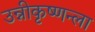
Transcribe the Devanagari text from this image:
उन्नीकृष्णन्ला